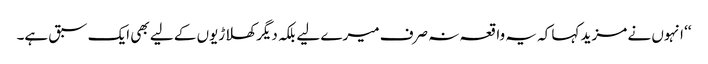
‘‘ انہوں نے مزید کہا کہ یہ واقعہ نہ صرف میرے لیے بلکہ دیگر کھلاڑیوں کے لیے بھی ایک سبق ہے۔